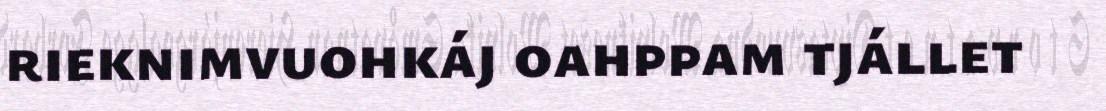
rieknimvuohkáj oahppam tjállet